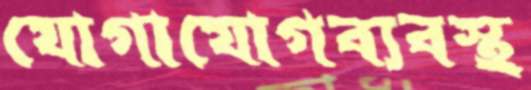
যোগাযোগব্যবস্থ